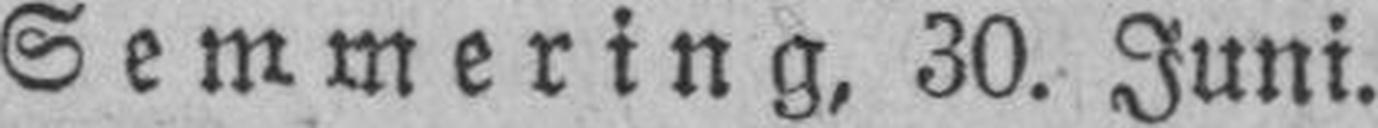
Semmering, 30. Juni.